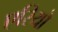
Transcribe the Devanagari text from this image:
एरियो